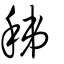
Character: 稊